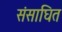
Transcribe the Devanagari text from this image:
संसाघित